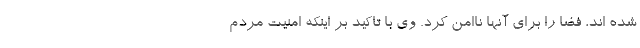
شده اند، فضا را برای آنها ناامن کرد. وی با تاکید بر اینکه امنیت مردم